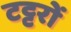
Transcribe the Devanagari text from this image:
टट्टरों